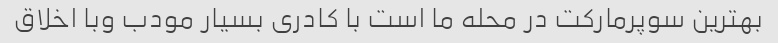
بهترین سوپرمارکت در محله ما است با کادری بسیار مودب وبا اخلاق